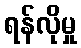
ရန်လိုမှု